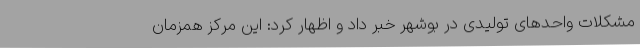
مشکلات واحدهای تولیدی در بوشهر خبر داد و اظهار کرد: این مرکز همزمان